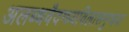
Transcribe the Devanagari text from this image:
अलब्धवैदग्ध्यविलासमुग्धया